Annual report of the Imperial Bacteriological Laboratory, Muktesar
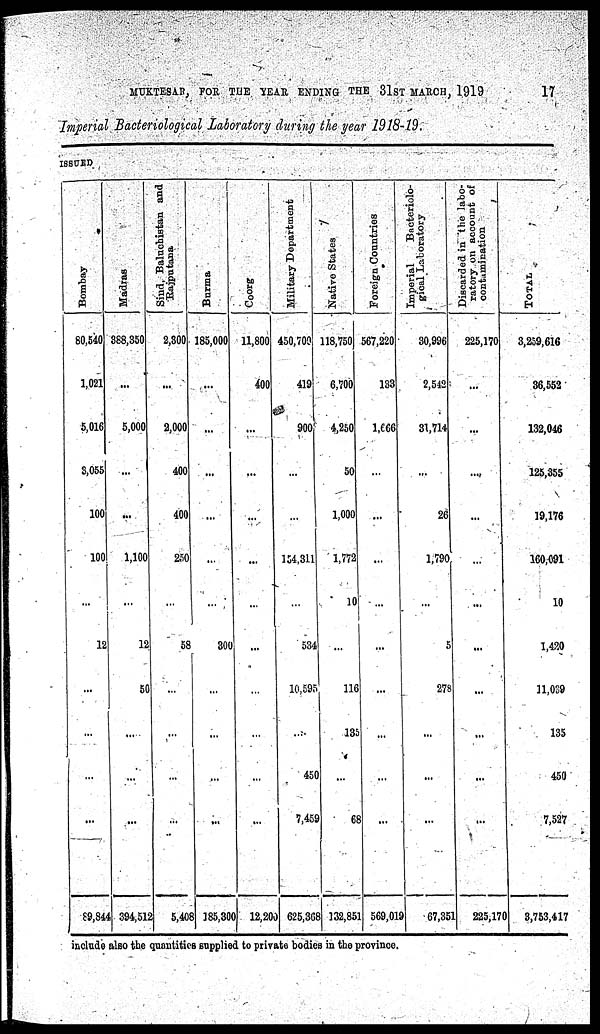
MUKTESAR, FOR THE YEAR ENDING THE 31ST MARCH, 1919
17
Imperial Bacteriological Laboratory during the year 1918-19.
ISSUED
Bombay
80,540
1,021
5,016
3,055
100
100
...
12
...
...
...
...
89,844
Madras
388,350
...
5,000
...
...
1,100
...
12
50
...
...
...
394,512
Sind,
Baluchistan and
Rajputana
2,300
...
2,000
400
400
250
...
58
...
...
...
...
5,408
Burma
185,000
...
...
...
...
...
...
300
...
...
...
...
185,300
Coorg
11,800
400
...
...
...
...
...
...
...
...
...
...
12,200
Military Department
450,700
419
900
...
...
154,311
...
534
10,595
...
450
7,459
625,368
Native States
118,750
6,700
4,250
50
1,000
1,772
10
...
116
135
...
68
132,851
Foreign Countries
567,220
133
1,666
...
...
...
...
...
...
...
569,019
Imperial
Bacteriolo-
gical Laboratory
30,996
2,542
31,714
...
26
1,790
...
5
278
...
...
67,351
Discarded in the labo-
ratory on account of
contamination
225,170
...
...
...
...
...
...
...
225,170
TOTAL
3,259,616
36,552
132,046
125,355
19,176
160,091
10
1,420
11,039
135
450
7,527
3,753,417
include also the quantities supplied to private bodies in the province.